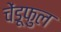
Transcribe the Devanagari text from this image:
चेंडूफुल